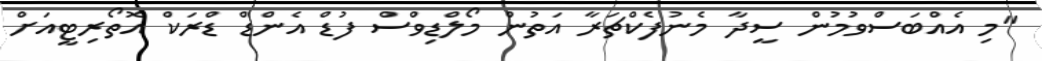
"މި އެއްބަސްވުމުން ސީދާ މެނުފެކްޗަރާ އަތުން މޯލްޑިވްސް ފުޑް އެންޑް ޑްރަކް އޮތޯރިޓީއަށް